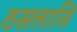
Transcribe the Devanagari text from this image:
ठसलासि